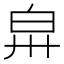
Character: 𤽒